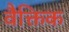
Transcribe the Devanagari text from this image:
वैक्तिक